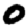
Digit: 0